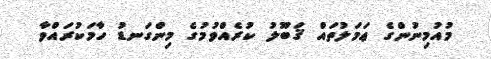
މުއުމިނުންގެ ޢަމަލުތައް ޤަބޫލު ކުރެއްވުމުގެ މިންގަނޑު ހާމަކުރައްވާ